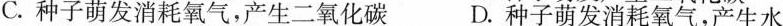
C.种子萌发消耗氧气，产生二氧化碳 D.种子萌发消耗氧气，产生水